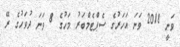
ވަނީ 2018 ވަނަ އަހަރުގެ ސެޕްޓެމްބަރު މަހުގެ 8 ވަނަ ދުވަހުގެ ރޭ